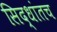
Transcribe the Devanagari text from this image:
सिद्धांतच